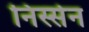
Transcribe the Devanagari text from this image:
निस्सेन